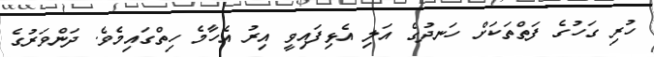
ހުރި ގަހުގެ ފަތްތަކަށް ހަނދުގެ އަލި އެޅިފައިވީ އިރު އެހާމެ ހިތްގައިމެވެ. ދަންވަރުގެ